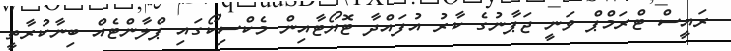
ރައީސް ޓްރަމްޕް ވަނީ ޖަޕާނުގެ ކާރު އުފައްދާ ޓޮޔޯޓާއިން މެކްސިކޯގައި ޕްލާންޓެއް ބިނާކުރާތީ